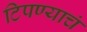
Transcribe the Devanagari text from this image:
टिपण्याचं